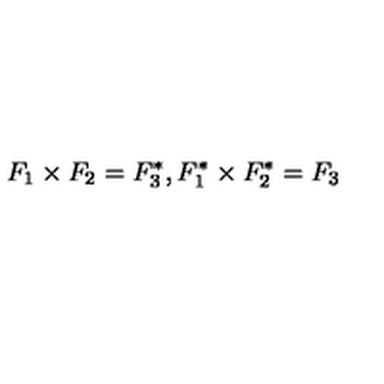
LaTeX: F _ { 1 } \times F _ { 2 } = F _ { 3 } ^ { * } , F _ { 1 } ^ { * } \times F _ { 2 } ^ { * } = F _ { 3 }